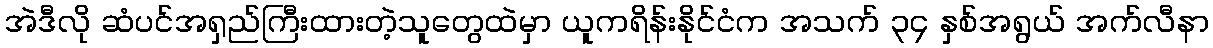
အဲဒီလို ဆံပင်အရှည်ကြီးထားတဲ့သူတွေထဲမှာ ယူကရိန်းနိုင်ငံက အသက် ၃၄ နှစ်အရွယ် အက်လီနာ